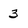
Character: 3